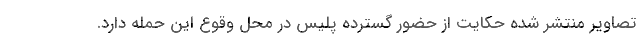
تصاویر منتشر شده حکایت از حضور گسترده پلیس در محل وقوع این حمله دارد.